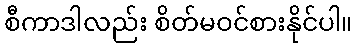
စီကာဒါလည်း စိတ်မဝင်စားနိုင်ပါ။